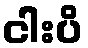
ငါးပိ